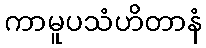
ကာမူပသံဟိတာနံ